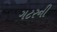
ગટરની